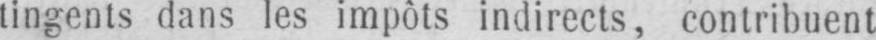
tingents dans les impôts indirects, contribuent